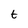
Character: t